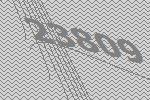
23809